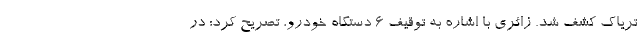
تریاک کشف شد. زائری با اشاره به توقیف 6 دستگاه خودرو، تصریح کرد: در